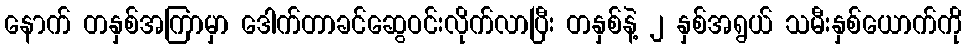
နောက် တနှစ်အကြာမှာ ဒေါက်တာခင်ဆွေဝင်းလိုက်လာပြီး တနှစ်နဲ့ ၂ နှစ်အရွယ် သမီးနှစ်ယောက်ကို